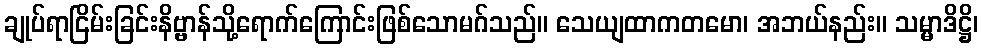
ချုပ်ရာငြိမ်းခြင်းနိဗ္ဗာန်သို့ရောက်ကြောင်းဖြစ်သောမဂ်သည်။ သေယျထာကတမော၊ အဘယ်နည်း။ သမ္မာဒိဋ္ဌိ၊